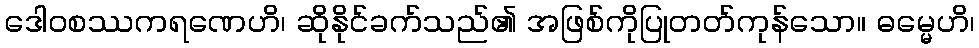
ဒေါဝစဿကရဏေဟိ၊ ဆိုနိုင်ခက်သည်၏ အဖြစ်ကိုပြုတတ်ကုန်သော။ ဓမ္မေဟိ၊